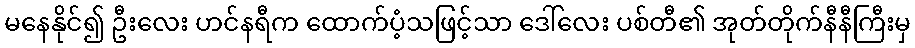
မနေနိုင်၍ ဦးလေး ဟင်နရီက ထောက်ပံ့သဖြင့်သာ ဒေါ်လေး ပစ်တီ၏ အုတ်တိုက်နီနီကြီးမှ